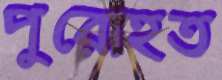
পুরোহত